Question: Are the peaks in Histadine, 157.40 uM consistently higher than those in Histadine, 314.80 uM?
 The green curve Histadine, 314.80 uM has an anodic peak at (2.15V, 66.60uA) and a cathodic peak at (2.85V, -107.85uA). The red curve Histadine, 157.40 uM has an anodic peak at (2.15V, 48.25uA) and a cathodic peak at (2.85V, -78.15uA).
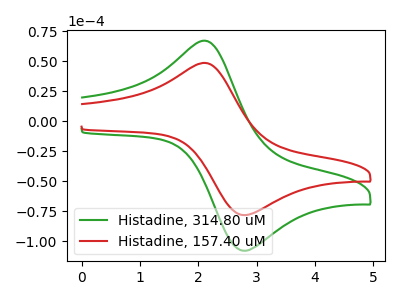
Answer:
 <answer>Every peak in "Histadine, 157.40 uM" is lower than every peak in "Histadine, 314.80 uM".</answer>
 <eval>lower</eval>